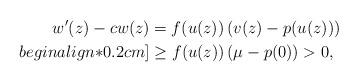
LaTeX: \begin{align*} w'(z)-cw(z)&=f(u(z))\left(v(z)-p(u(z))\right)\\begin{align*}0.2cm] &\geq f(u(z))\left(\mu-p(0)\right)>0,\end{align*}